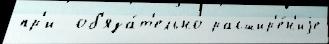
пр'и  об'яза́т'ельно расшир'е́н'иjе